Statistics of inoculations with Haffkine's anti-plague vaccine 1897-1900
Year: 1897
Disease focus: Plague
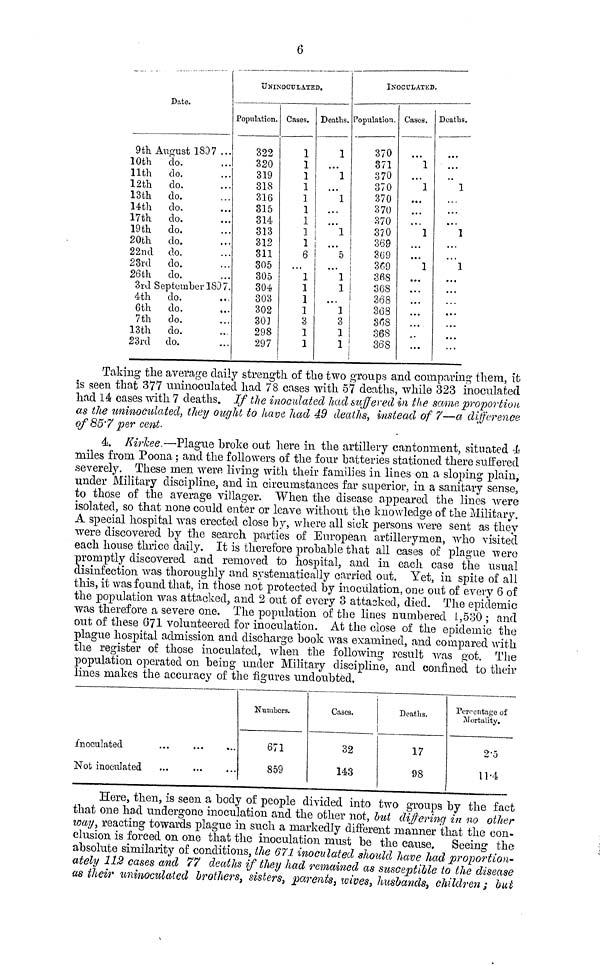
Date.
9th August 1897 ...
10th
do. ...
11th
do. ...
12th
do. ...
13th
do. ...
14th
do. ...
17th
do. ...
19th
do. ...
20th
do. ...
22nd do. ...
23rd
do. ...
26th
do. ...
3rd September 1897.
4th
do. ...
6th
do. ...
7th
do. ...
13th
do. ...
23rd do. ...
6
UNINOCTJLATED.
Population.
322
320
319
318
316
315
314
313
312
311
305
305
304
303
302
30]
298
297
Cases.
1
1
1
1
1
1
1
1
1
6
...
1
1
1
1
3
1
1
Deaths.
1
....
1
...
1
...
...
1
5
...
1
1
. . .
1
3
1
1
INOCULATED.
Population.
370
371
370
370
370
370
370
37 0
369
369
369
368
368
368
368
368
368
368
Cases.
1
....
1
...
. . .
. . .
1
...
1
...
...
...
...
...
...
...
Deaths.
...
...
1
...
...
1
...
1
...
...
...
...
...
Taking the average daily strength of the two groups and comparing them, it
is seen that 377 uninoculatecl had 78 cases with 57 deaths, while 323 inoculated
had 14 cases with 7 deaths. If the inoculated had suffered in the same proportion
as the uninoculated, they ought to have had 49 deaths, instead of 7—a difference
of 85.7 per cent.
4. Kirkee.—Plague broke out here in the artillery cantonment, situated 4
miles from Poona ; and the followers of the four batteries stationed there suffered
severely. These men were living with their families in lines on a sloping plain,
under Military discipline, and in circumstances far superior, in a sanitary sense,
to those of the average villager. When the disease appeared the lines were
isolated, so that none could enter or leave without the knowledge of the Military.
A special hospital was erected close by, where all sick persons were sent as they
were discovered by the search parties of European artillerymen, who visited
each house thrice daily. It is therefore probable that all cases of plague were
promptly discovered and removed to hospital, and in each case the usual
disinfection was thoroughly and systematically carried out. Yet, in spite of all
this, it was found that, in those not protected by inoculation, one out of every 6 of
the population was attacked, and 2 out of every 3 attasked, died. The epidemic
was therefore a severe one. The population of the lines numbered 1,530 ; and
out of these (371 volunteered for inoculation. At the close of the epidemic the
plague hospital admission and discharge book was examined, and compared with
the register of those inoculated, when the following result was got. The
population operated on being under Military discipline, and confined to their
lines makes the accuracy of the figures undoubted.
inoculated ... ... ...
Not inoculated ... ... ...
Numbers.
671
859
Cases.
32
143
Deaths.
17
98
Percentage of
Mortality.
2-5
11-4
Here, then, is seen a body of people divided into two groups by the fact
that one had undergone inoculation and the other not, lut differing in no other
way, reacting towards plague in such a markedly different manner that the con-
elusion is forced on one that the inoculation must be the cause. Seeing the
absolute similarity of conditions, the 671 inoculated should have had proportion-
ately 112 cases and 77 deaths if they had remained as susceptible to the disease
as their uninoculated brothers, sisters, parents, wives, husbands, children; but-